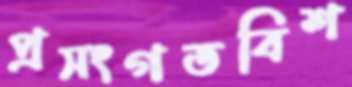
প্রসংগতবিশ